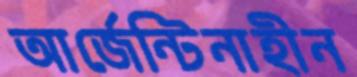
আর্জেন্টিনাহীন